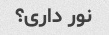
نور داری؟